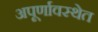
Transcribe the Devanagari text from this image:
अपूर्णावस्थेत